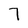
Character: 7